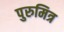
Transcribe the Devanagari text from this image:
पुरुमित्र